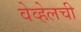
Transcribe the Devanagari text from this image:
वेव्हेलची